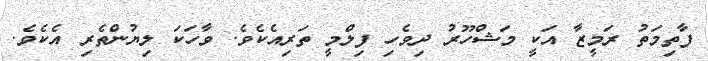
ފާތިމަތު ރަމީޒާ އަކީ މަޝްހޫރު ދިވެހި ފިލްމީ ތަރިއެކެވެ. ވާހަކަ ލިޔުންތެރި އެކެވެ.